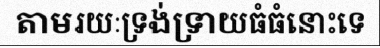
តាមរយៈទ្រង់ទ្រាយធំធំនោះទេ